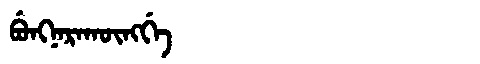
Manchu: ᠪᡠᠩᠨᠠᡵᠠᡴᡡᠩᡤᡝ
Romanization: BUNGNARAKŪNGGE